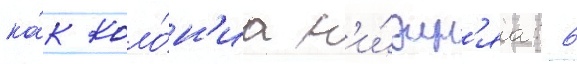
ка́к коло́н'иа н'и́жн'яа: 6